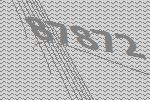
87872